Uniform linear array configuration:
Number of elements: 8
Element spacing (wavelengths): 0.5
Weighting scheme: hamming
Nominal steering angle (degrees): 0
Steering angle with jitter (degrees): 0.7289
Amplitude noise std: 0.05
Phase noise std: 0.05

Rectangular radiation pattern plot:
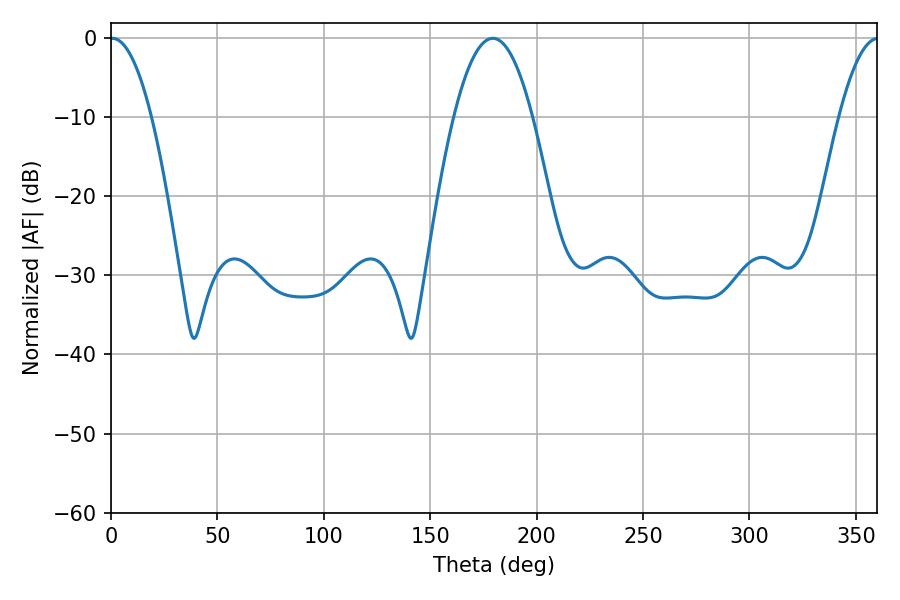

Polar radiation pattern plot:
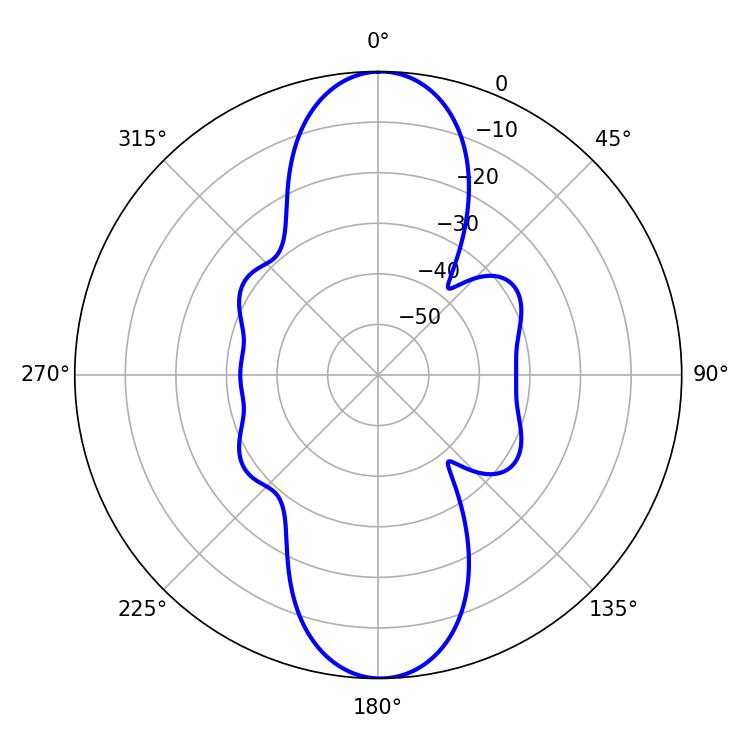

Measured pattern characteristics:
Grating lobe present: FALSE
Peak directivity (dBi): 25.249
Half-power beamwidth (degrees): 10.62
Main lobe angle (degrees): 0.54